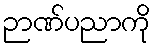
ဉာဏ်ပညာကို